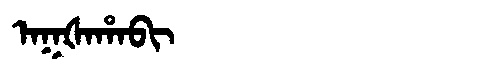
Manchu: ᠠᡴᡧᠠᡥᠠᠪᡳ
Romanization: AKŠAHABI